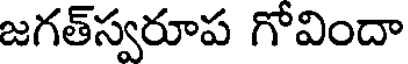
జగత్స్వరూప గోవిందా